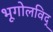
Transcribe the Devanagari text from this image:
भूगोलविद्